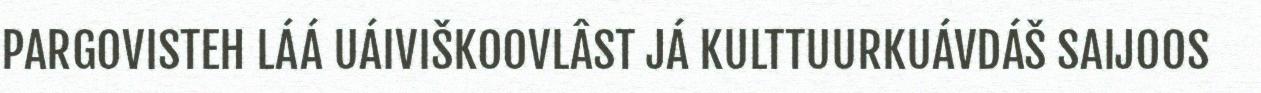
PARGOVISTEH LÁÁ UÁIVIŠKOOVLÂST JÁ KULTTUURKUÁVDÁŠ SAIJOOS